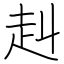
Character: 赳